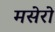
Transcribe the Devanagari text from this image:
मसेरो